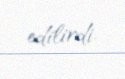
edilirdi.